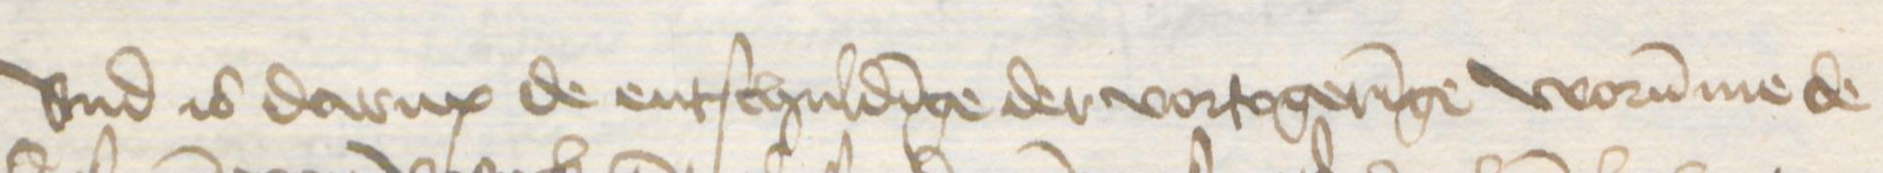
vnd is darup de entschuldinge der vortogeringe worumme de